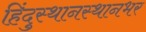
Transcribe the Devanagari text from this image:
हिंदुस्थानस्थानभर